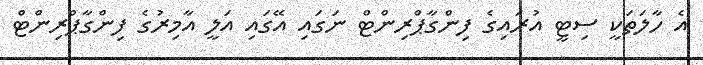
އެ ހާލަތަކީ ސިޓީ އުރައިގެ ފިންގާޕްރިންޓް ނަގައި އޭގައި އަލީ އާމިރުގެ ފިންގާޕްރިންޓް